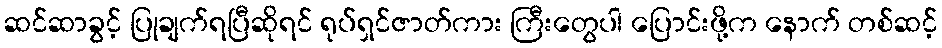
ဆင်ဆာခွင့် ပြုချက်ရပြီဆိုရင် ရုပ်ရှင်ဇာတ်ကား ကြီးတွေပါ ပြောင်းဖို့က နောက် တစ်ဆင့်